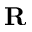
\mathbf R